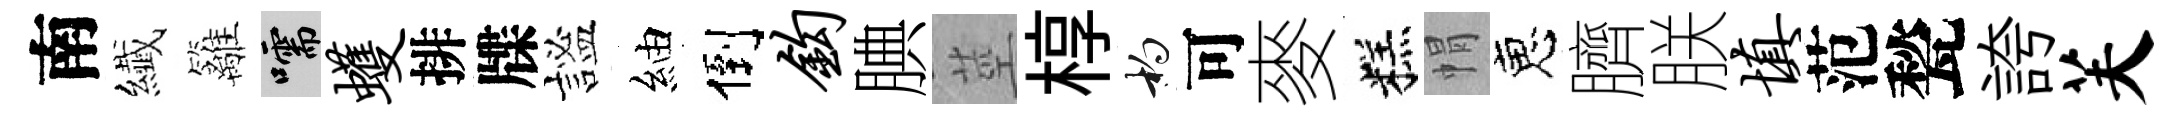
南纎籬嚅蠖排牒謐紬倒钩腆莖椁杓可麥糕㡌恵臍朕填范甃誇芙